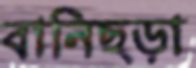
বানিছড়া